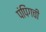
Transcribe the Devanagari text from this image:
पंपिंगची